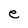
Character: e